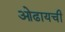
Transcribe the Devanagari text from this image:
ओढायची